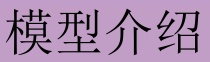
模型介绍